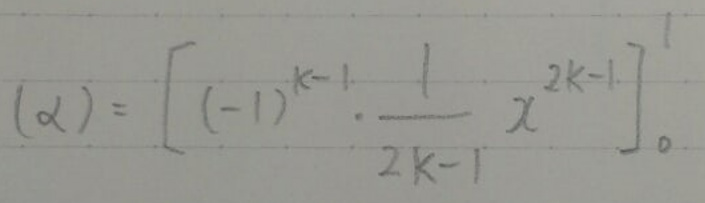
$(\alpha)=\left[(-1)^{k - 1}\cdot\frac{1}{2k - 1}x^{2k - 1}\right]_0^1$